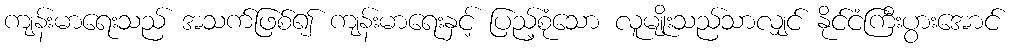
ကျန်းမာရေးသည် အသက်ဖြစ်၍ ကျန်းမာရေးနှင့် ပြည့်စုံသော လူမျိုးသည်သာလျှင် နိုင်ငံကြီးပွားအောင်